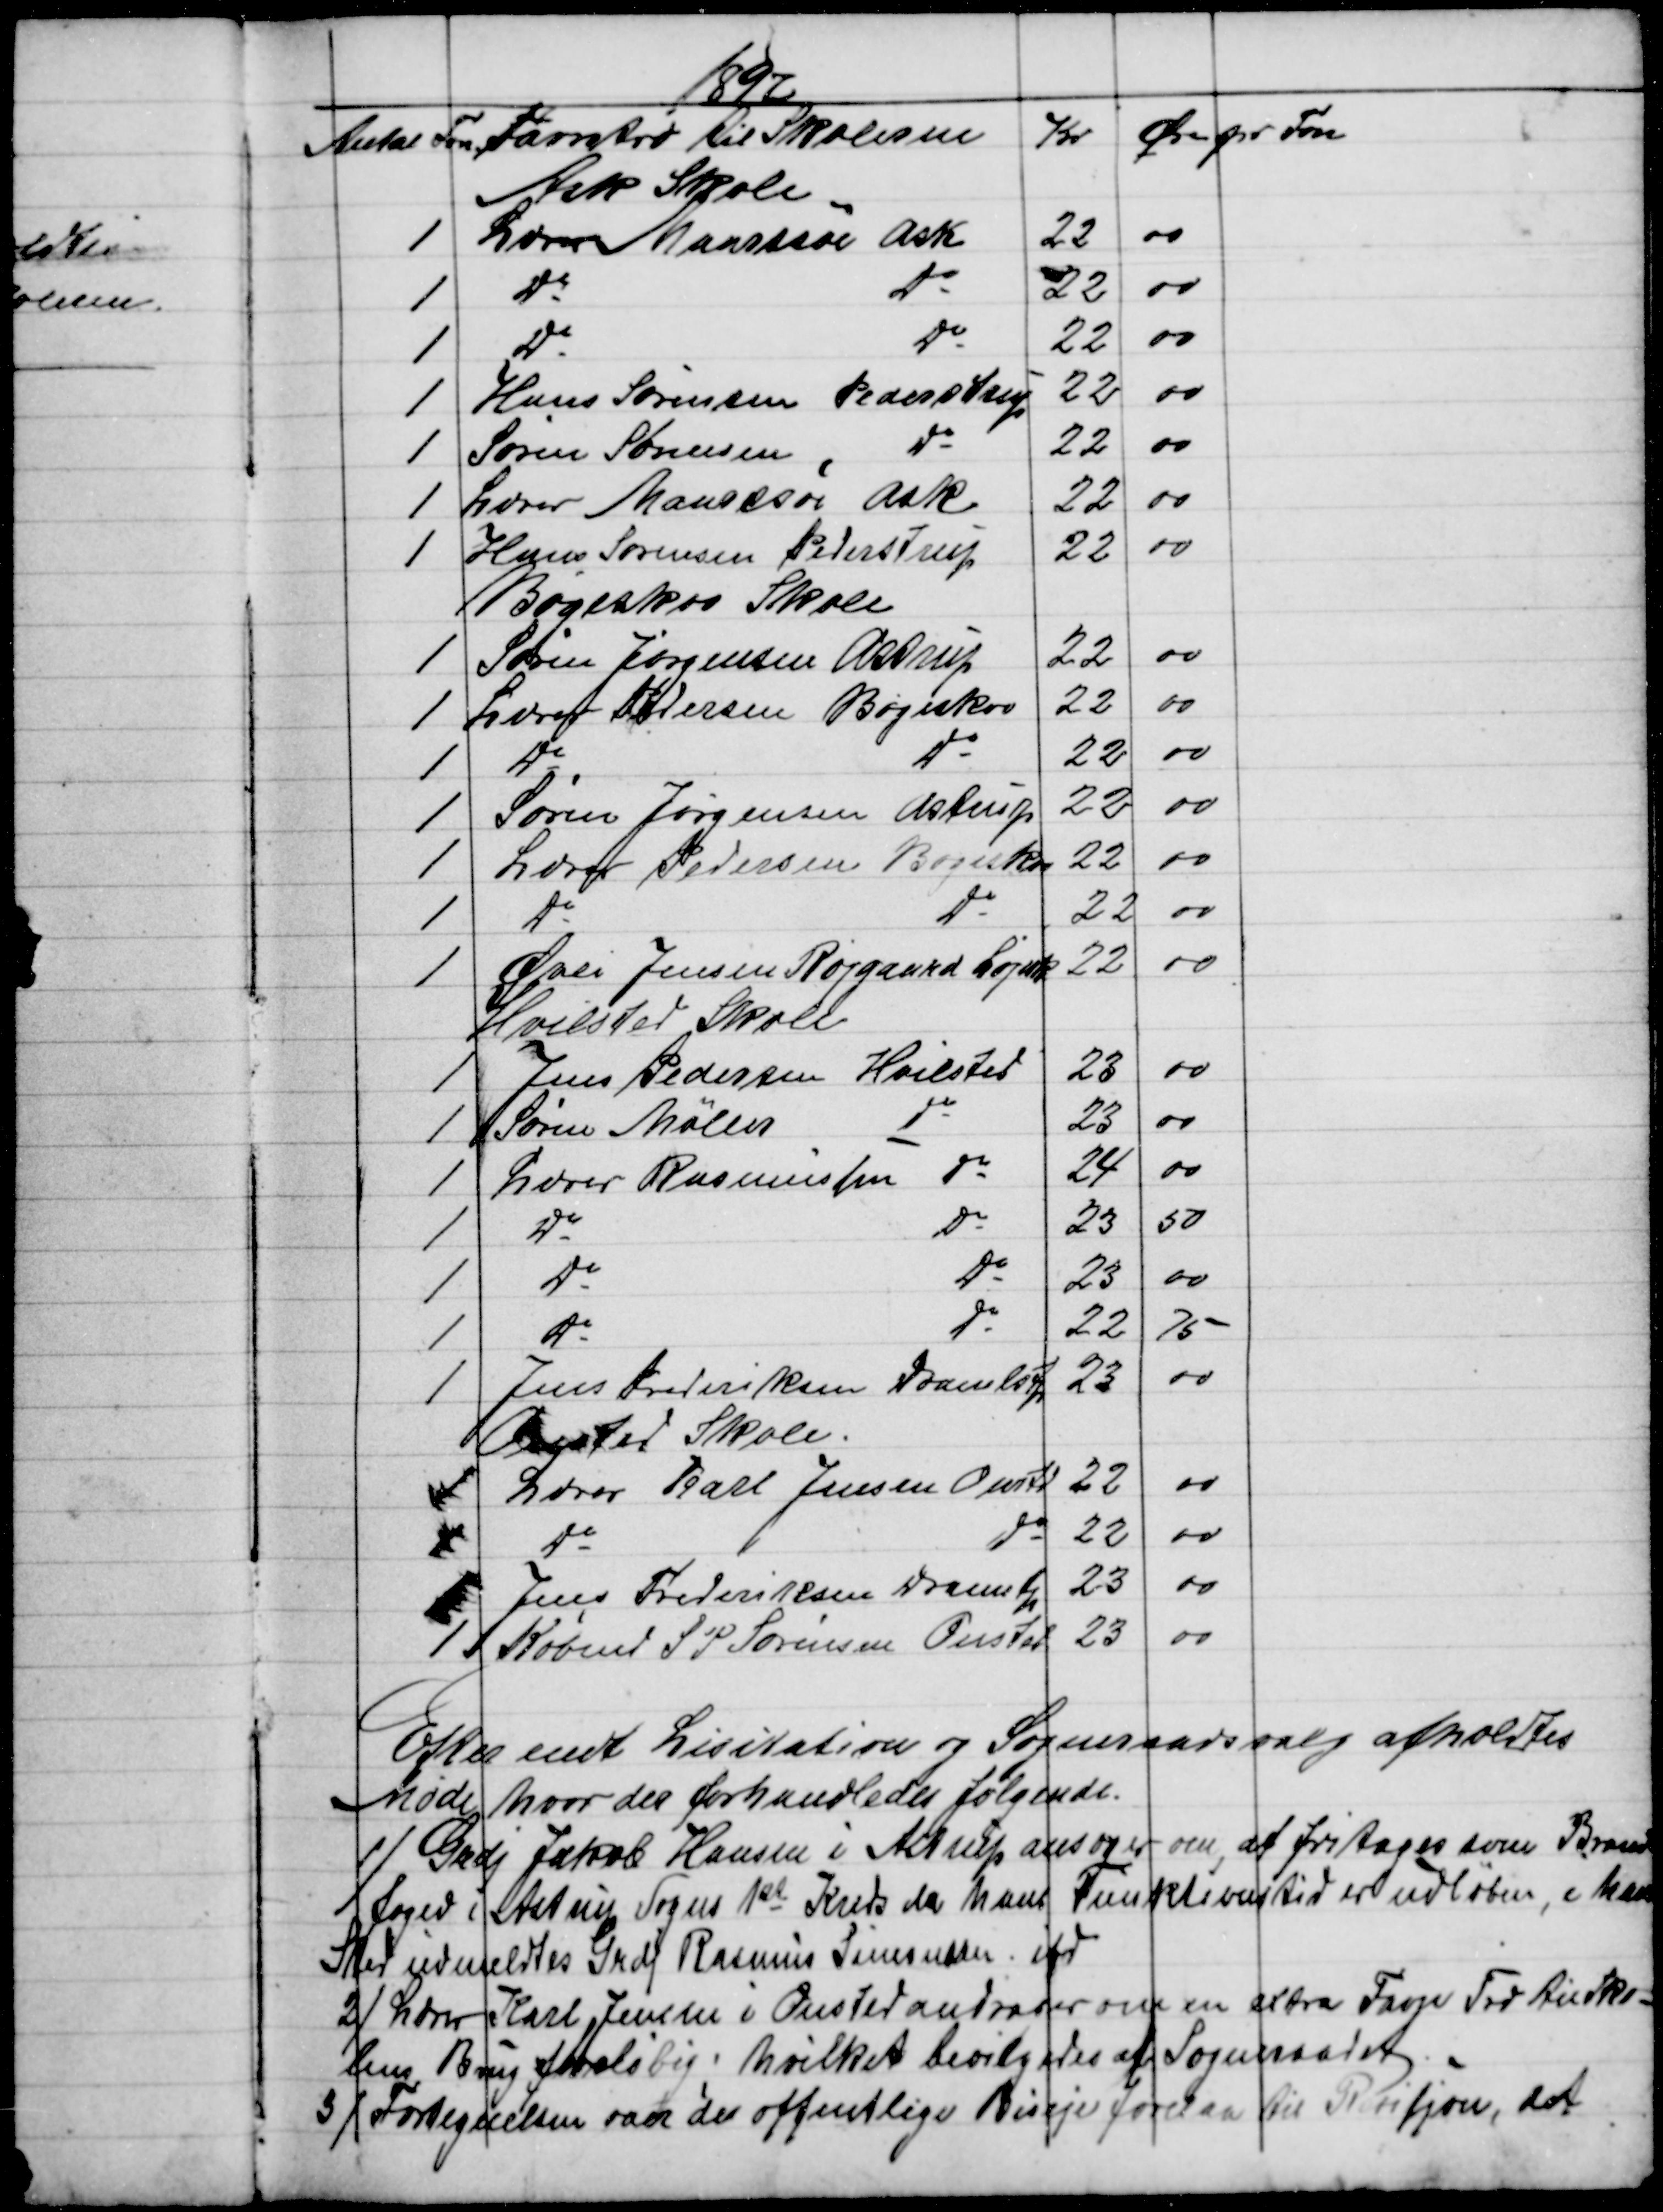
Transskription:
1897
Antal Fvn 
Favnetræ til Skolerne
Kr
Øre pr Fvn
Ask Skole
1
Lærer Maarssøe Ask
22
00
1
Do
Do
22
00
1
Do
Do
22
00
1
Hans Sørensen Pederstrup
22
00
1
Søren Sørensen
Do
22
00
1
Lærer Maarssøe Ask
22
00
1
Hans Sørensen Pederstrup
22
00
Bøgeskov Skole
1
Søren Jørgensen Astrup
22
00
1
Lærer Pedersen Bøgeskov
22
00
1
Do
Do
22
00
1
Søren Jørgensen Astrup
22
00
1
Lærer Pedersen Bøgeskov
22
00
1
Do
Do
22
00
1
Øvli Jensen Røjgaard Løjnk
22
00
Hvilsted Skole
1
Jens Pedersen Hvilsted
23
00
1
Søren Møller
Do
23
00
1
Lærer Rasmussen
do
24
00
1
Do
Do
23
50
1
Do
Do
23
00
1
Do
Do
22
75
1
Jens Frederiksen Dramlstp
23
00
Onsted Skole.
1
Lærer Karl Jensen Onstd
22
00
1
Do
Do
22
00
1
Jens Frederiksen Dramstp
23
00
1
Købmd S P Sørensen Onsted
23
00
Efter endt Lisitation og Sogneraadsvalg afholdtes
Møde hvor der forhandledes følgende.
1)
Grdj Jakob Hansen i Astrup ansøger om at fritages som Brand
foged i Astrup Sogns 1ste Kreds da hans Funktionstid er udløben, i hans
Sted udmeldtes Grdj. Rasmus Simonsen ifd.
2 )
Lærer Karl Jensen i Onsted andrager om en extra Favn Træ til Sko-
lens Brug foreløbig; hvilket bevilgedes af Sogneraadet.
3 )
Fortegnelsen over de offentlige Biveje forelaa til Revisjon, det